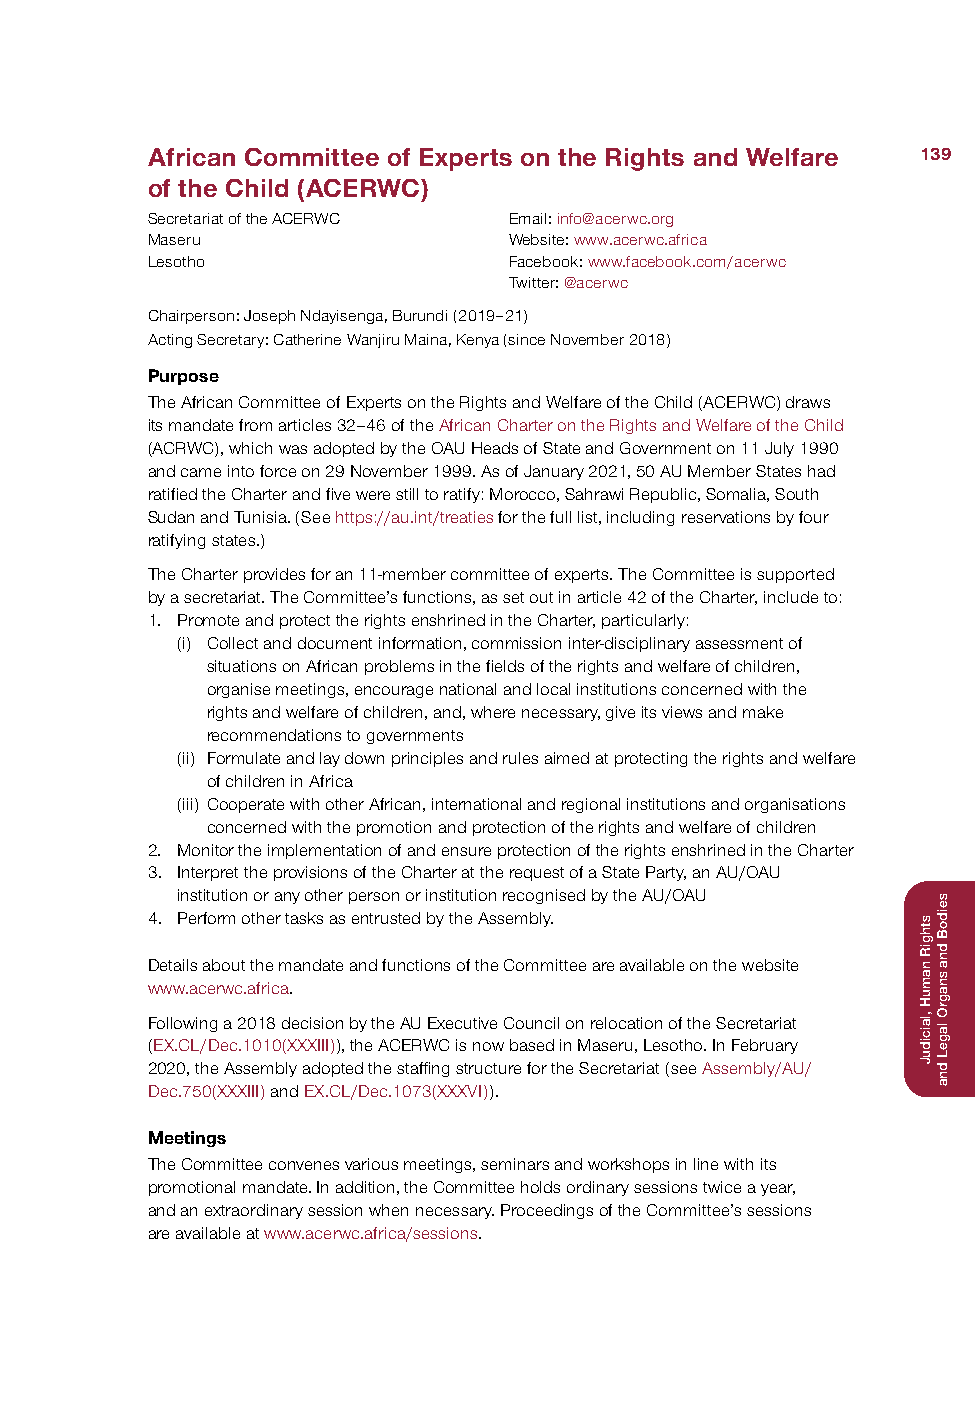
African Committee of Experts on the Rights and Welfare 139
 of the Child (ACERWC)
 Secretariat of the ACERWC Email: info@acerwc.org
 Maseru                  Website: www.acerwc.africa
 Lesotho                 Facebook: www.facebook.com/acerwc
 Twitter: @acerwc
 Chairperson: Joseph Ndayisenga, Burundi (2019–21)
 Acting Secretary: Catherine Wanjiru Maina, Kenya (since November 2018)
 Purpose
 The African Committee of Experts on the Rights and Welfare of the Child (ACERWC) draws
 its mandate from articles 32–46 of the African Charter on the Rights and Welfare of the Child
 (ACRWC), which was adopted by the OAU Heads of State and Government on 11 July 1990
 and came into force on 29 November 1999. As of January 2021, 50 AU Member States had
 ratified the Charter and five were still to ratify: Morocco, Sahrawi Republic, Somalia, South
 Sudan and Tunisia. (See https://au.int/treaties for the full list, including reservations by four
 ratifying states.)
 The Charter provides for an 11-member committee of experts. The Committee is supported
 by a secretariat. The Committee’s functions, as set out in article 42 of the Charter, include to:
 1. Promote and protect the rights enshrined in the Charter, particularly:
 (i) Collect and document information, commission inter-disciplinary assessment of
 situations on African problems in the fields of the rights and welfare of children,
 organise meetings, encourage national and local institutions concerned with the
 rights and welfare of children, and, where necessary, give its views and make
 recommendations to governments
 (ii) Formulate and lay down principles and rules aimed at protecting the rights and welfare
 of children in Africa
 (iii) Cooperate with other African, international and regional institutions and organisations
 concerned with the promotion and protection of the rights and welfare of children
 2. Monitor the implementation of and ensure protection of the rights enshrined in the Charter
 3. Interpret the provisions of the Charter at the request of a State Party, an AU/OAU
 institution or any other person or institution recognised by the AU/OAU
 4. Perform other tasks as entrusted by the Assembly.
 Details about the mandate and functions of the Committee are available on the website
 www.acerwc.africa.
 Following a 2018 decision by the AU Executive Council on relocation of the Secretariat
 (EX.CL/Dec.1010(XXXIII)), the ACERWC is now based in Maseru, Lesotho. In February
 2020, the Assembly adopted the staffing structure for the Secretariat (see Assembly/AU/
 Dec.750(XXXIII) and EX.CL/Dec.1073(XXXVI)).
 Meetings
 The Committee convenes various meetings, seminars and workshops in line with its
 promotional mandate. In addition, the Committee holds ordinary sessions twice a year,
 and an extraordinary session when necessary. Proceedings of the Committee’s sessions
 are available at www.acerwc.africa/sessions.
 sthgiR
 namuH
 ,laiciduJ
 seidoB
 dna
 snagrO
 lageL
 dna